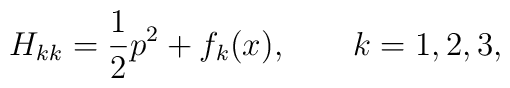
H_{kk} = \frac{1}{2} p^2 + f_k (x),\qquad k = 1,2,3,